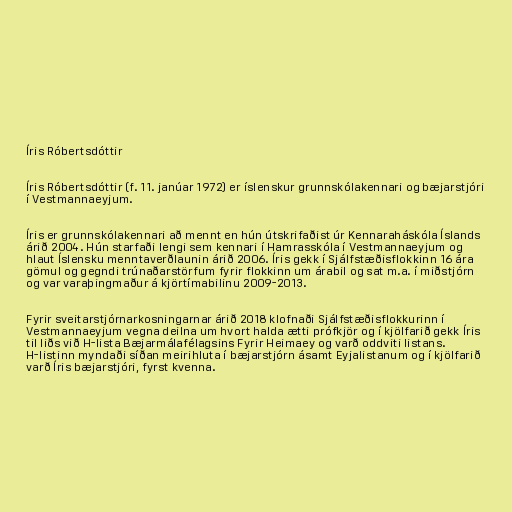
Íris Róbertsdóttir

Íris Róbertsdóttir (f. 11. janúar 1972) er íslenskur grunnskólakennari og bæjarstjóri
í Vestmannaeyjum.

Íris er grunnskólakennari að mennt en hún útskrifaðist úr Kennaraháskóla Íslands
árið 2004. Hún starfaði lengi sem kennari í Hamrasskóla í Vestmannaeyjum og
hlaut Íslensku menntaverðlaunin árið 2006. Íris gekk í Sjálfstæðisflokkinn 16 ára
gömul og gegndi trúnaðarstörfum fyrir flokkinn um árabil og sat m.a. í miðstjórn
og var varaþingmaður á kjörtímabilinu 2009-2013.

Fyrir sveitarstjórnarkosningarnar árið 2018 klofnaði Sjálfstæðisflokkurinn í
Vestmannaeyjum vegna deilna um hvort halda ætti prófkjör og í kjölfarið gekk Íris
til liðs við H-lista Bæjarmálafélagsins Fyrir Heimaey og varð oddviti listans.
H-listinn myndaði síðan meirihluta í bæjarstjórn ásamt Eyjalistanum og í kjölfarið
varð Íris bæjarstjóri, fyrst kvenna.